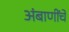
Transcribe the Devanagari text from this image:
अंबाणींचे